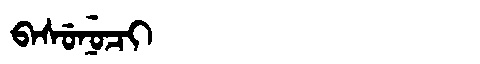
Manchu: ᠪᠠᠰᡠᠨᡠᠴᡳ
Romanization: BASUNUCI